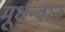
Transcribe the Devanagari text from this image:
मूर्धन्वान्